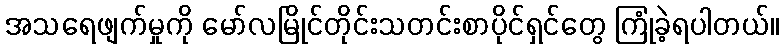
အသရေဖျက်မှုကို မော်လမြိုင်တိုင်းသတင်းစာပိုင်ရှင်တွေ ကြုံခဲ့ရပါတယ်။